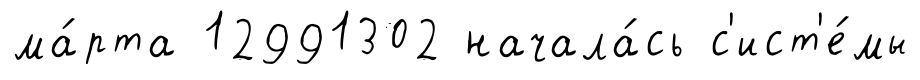
ма́рта 12991302 начала́сь с'ист'е́мы